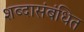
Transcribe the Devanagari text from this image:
शब्दासंबंधित